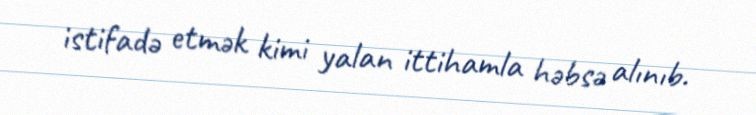
istifadə etmək kimi yalan ittihamla həbsə alınıb.